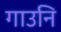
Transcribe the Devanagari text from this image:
गाउनि